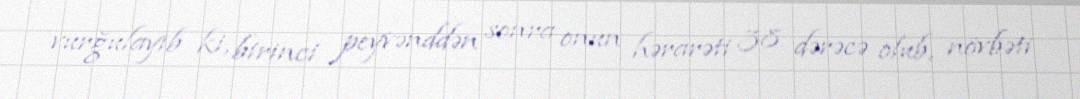
vurğulayıb ki, birinci peyvənddən sonra onun hərarəti 38 dərəcə olub, növbəti